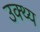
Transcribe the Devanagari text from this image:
उक्थ्य